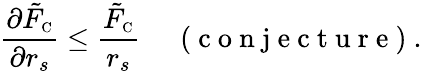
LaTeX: \frac{\partial\tilde{F}_{\scriptscriptstyle\mathrm{C}}}{\partial r_{s}}\leq\frac{\tilde{F}_{\scriptscriptstyle\mathrm{C}}}{r_{s}}\, \quad\mathrm{~(~c~o~n~j~e~c~t~u~r~e~)~}.